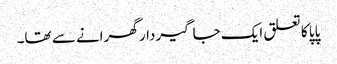
پاپا کا تعلق ایک جاگیردار گھرانے سے تھا۔